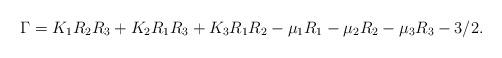
LaTeX: \begin{align*} \Gamma=K_1R_2R_3+K_2R_1R_3+K_3 R_1 R_2-\mu_1 R_1-\mu_2 R_2-\mu_3 R_3-3/2.\end{align*}